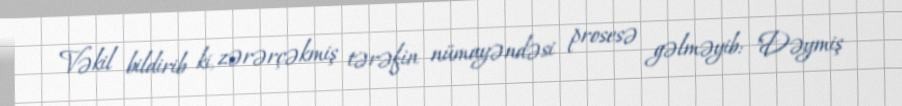
Vəkil bildirib ki, zərərçəkmiş tərəfin nümayəndəsi prosesə gəlməyib: "Dəymiş